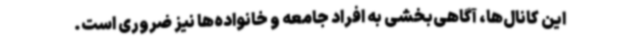
این کانال‌ها، آگاهی‌بخشی به افراد جامعه و خانواده‌ها نیز ضروری است.